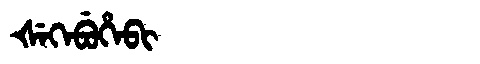
Manchu: ᡧᡝᡴᡝᠪᡠᡥᡝᠪᡳ
Romanization: ŠEKEBUHEBI